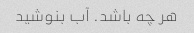
هر چه باشد. آب بنوشید